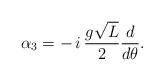
\begin{align*}\alpha_3=-\,i\,{{g\sqrt L}\over 2}{d\over {d\theta}}.\end{align*}